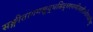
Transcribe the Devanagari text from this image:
सङ्गीतागमशुद्धसिद्धरमणीमञ्जीरधीरध्वनिम्